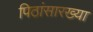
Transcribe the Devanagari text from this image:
पिठांसारख्या